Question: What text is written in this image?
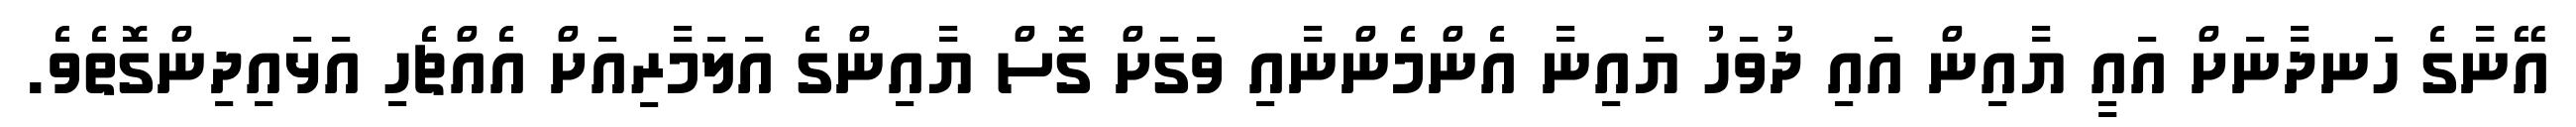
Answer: އޭނާގެ ހަނދާނަށް އައީ ޔާއިން އައި ދުވަހު ޔައިނާ އެންމެންނާއި ވަގަށް ގޮސް ޔާއިންގެ އަލަމާރިއަށް އެއްޗެހި އަޅައިދިންގޮތެވެ.